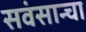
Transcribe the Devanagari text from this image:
सवंसान्चा